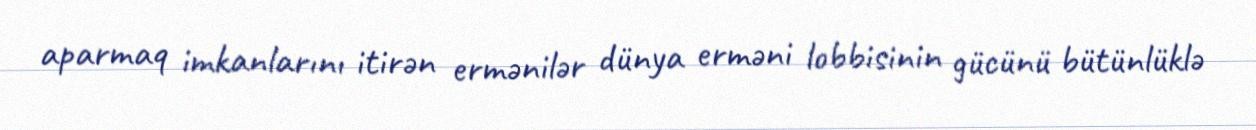
aparmaq imkanlarını itirən ermənilər dünya erməni lobbisinin gücünü bütünlüklə